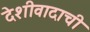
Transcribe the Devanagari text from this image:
देशीवादाची